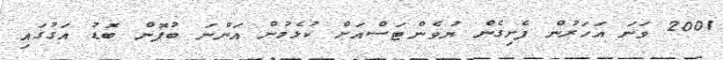
2001 ވަނަ އަހަރުން ފެށިގެން ޔުވެންޓަސްއަށް ކުޅެމުން އަންނަ ބުފޮން ބޮޑު އަގުގައި